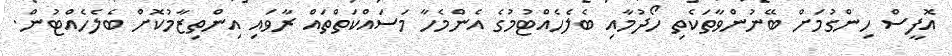
އޮފީސް ހިންގުމަށް ބޭނުންވާތަކެތި ހޯދުމާއި ބެލެހެއްޓުމުގެ އެންމެހާ މަސައްކަތްތައް ރާވައި އިންތިޒާމުކޮށް ބެލެހެއްޓުން.